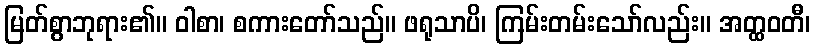
မြတ်စွာဘုရား၏။ ဝါစာ၊ စကားတော်သည်။ ဖရုသာပိ၊ ကြမ်းတမ်းသော်လည်း။ အတ္ထဝတီ၊